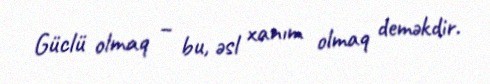
Güclü olmaq – bu, əsl xanım olmaq deməkdir.